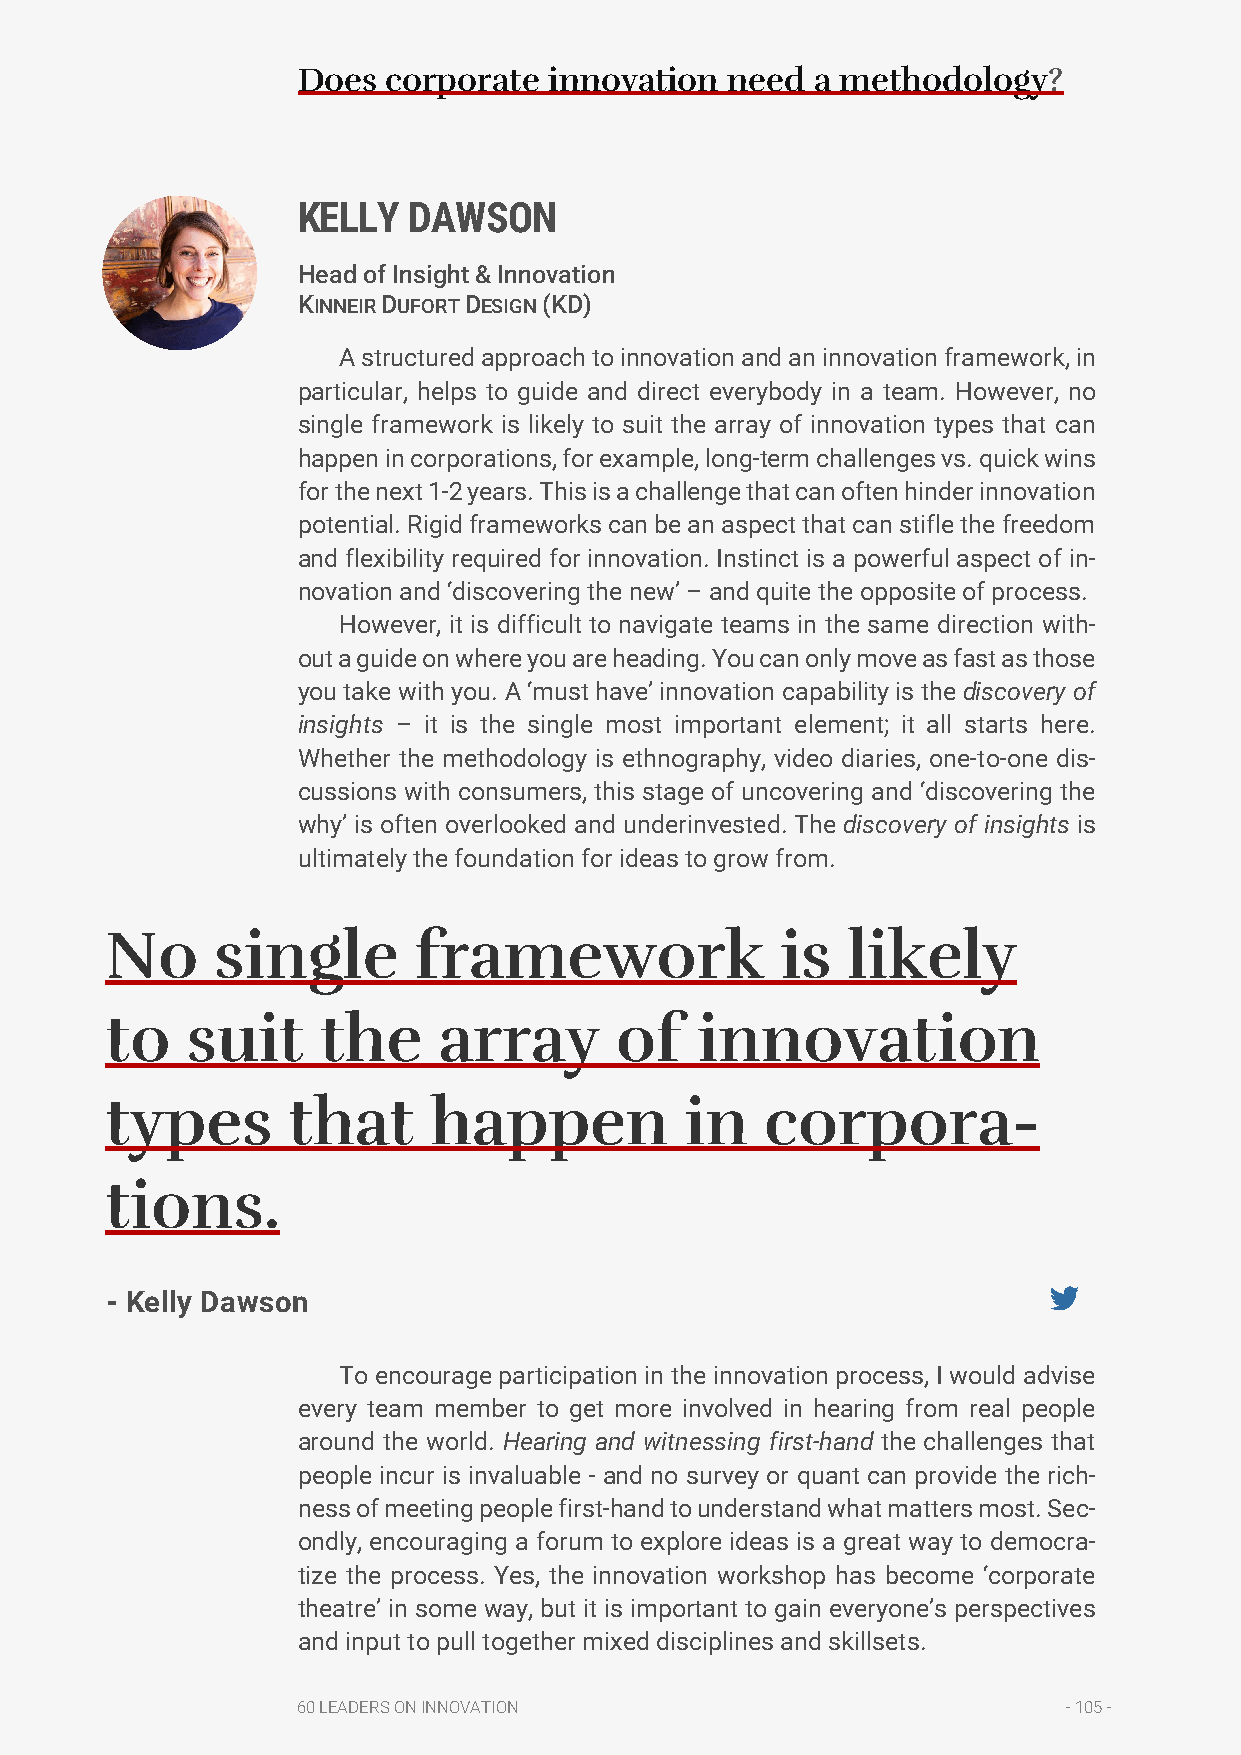
Does  corporate innovation  need  a methodology?
 KELLY  DAWSON
 Head of Insight & Innovation
 KINNEIR DUFORT DESIGN (KD)
 A structured approach to innovation and an innovation framework, in
 particular, helps to guide and direct everybody in a team. However, no
 single framework is likely to suit the array of innovation types that can
 happen in corporations, for example, long-term challenges vs. quick wins
 for the next 1-2 years. This is a challenge that can often hinder innovation
 potential. Rigid frameworks can be an aspect that can stifle the freedom
 and flexibility required for innovation. Instinct is a powerful aspect of in-
 novation and ‘discovering the new’ – and quite the opposite of process.
 However, it is difficult to navigate teams in the same direction with-
 out a guide on where you are heading. You can only move as fast as those
 you take with you. A ‘must have’ innovation capability is the discovery of
 insights – it is the single most important element; it all starts here.
 Whether the methodology is ethnography, video diaries, one-to-one dis-
 cussions with consumers, this stage of uncovering and ‘discovering the
 why’ is often overlooked and underinvested. The discovery of insights is
 ultimately the foundation for ideas to grow from.
 No     single       framework                is  likely
 to   suit     the     array       of   innovation
 types       that     happen           in    corpora-
 tions.
 - Kelly Dawson
 To encourage participation in the innovation process, I would advise
 every team member to get more involved in hearing from real people
 around the world. Hearing and witnessing first-hand the challenges that
 people incur is invaluable - and no survey or quant can provide the rich-
 ness of meeting people first-hand to understand what matters most. Sec-
 ondly, encouraging a forum to explore ideas is a great way to democra-
 tize the process. Yes, the innovation workshop has become ‘corporate
 theatre’ in some way, but it is important to gain everyone’s perspectives
 and input to pull together mixed disciplines and skillsets.
 60 LEADERS ON INNOVATION                           - 105 -